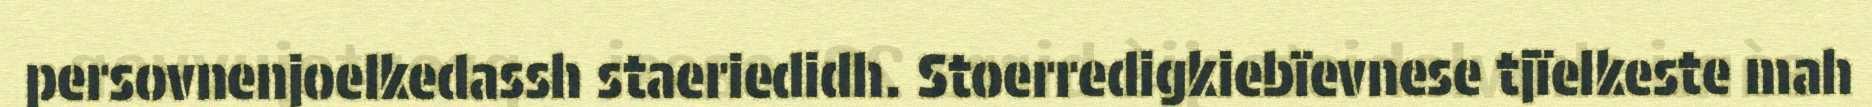
persovnenjoelkedassh staeriedidh. Stoerredigkiebïevnese tjïelkeste mah